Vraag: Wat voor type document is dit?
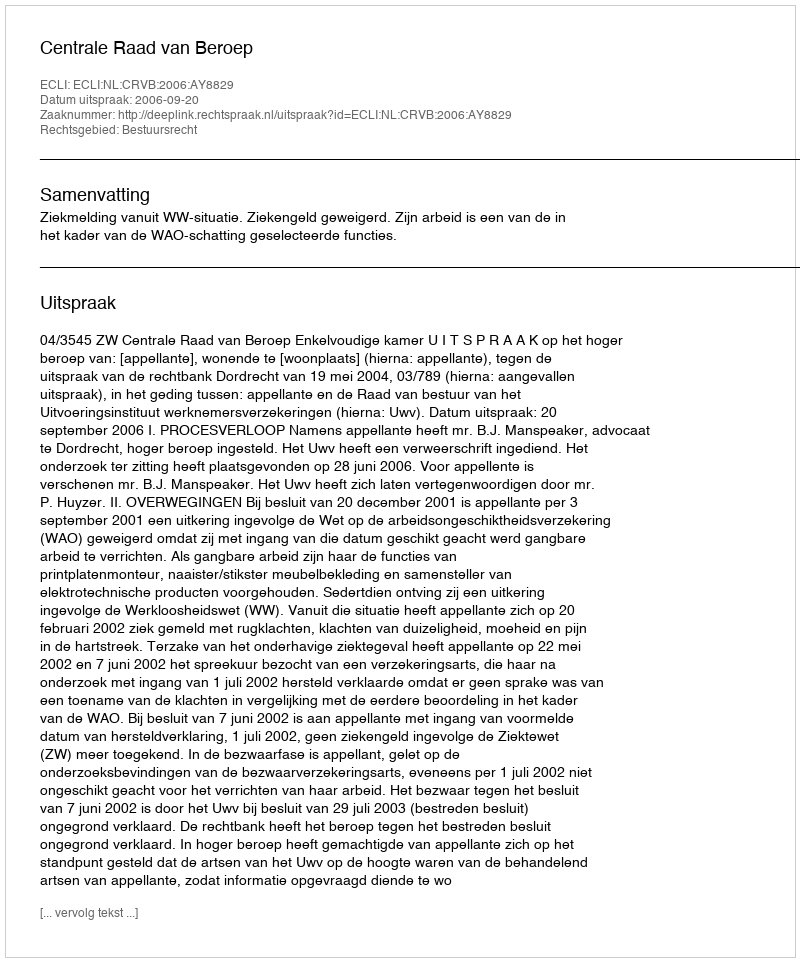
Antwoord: Uitspraak